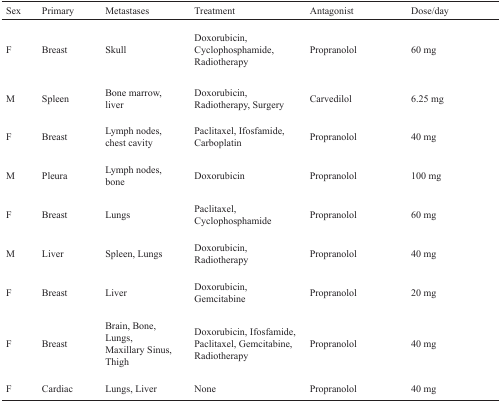
<table><thead><tr><td><b>Sex</b></td><td><b>Primary</b></td><td><b>Metastases</b></td><td><b>Treatment</b></td><td><b>Antagonist</b></td><td><b>Dose/day</b></td></tr></thead><tbody><tr><td>F</td><td>Breast</td><td>Skull</td><td>Doxorubicin, Cyclophosphamide, Radiotherapy</td><td>Propranolol</td><td>60 mg</td></tr><tr><td>M</td><td>Spleen</td><td>Bone marrow, liver</td><td>Doxorubicin, Radiotherapy, Surgery</td><td>Carvedilol</td><td>6.25 mg</td></tr><tr><td>F</td><td>Breast</td><td>Lymph nodes, chest cavity</td><td>Paclitaxel, Ifosfamide, Carboplatin</td><td>Propranolol</td><td>40 mg</td></tr><tr><td>M</td><td>Pleura</td><td>Lymph nodes, Bone</td><td>Doxorubicin</td><td>Propranolol</td><td>100 mg</td></tr><tr><td>F</td><td>Breast</td><td>Lungs</td><td>Paclitaxel, Cyclophosphamide</td><td>Propranolol</td><td>60 mg</td></tr><tr><td>M</td><td>Liver</td><td>Spleen, Lungs</td><td>Doxorubicin, Radiotherapy</td><td>Propranolol</td><td>40 mg</td></tr><tr><td>F</td><td>Breast</td><td>Liver</td><td>Doxorubicin, Gemcitabine</td><td>Propranolol</td><td>20 mg</td></tr><tr><td>F</td><td>Breast</td><td>Brain, Bone, Lungs, Maxillary Sinus, Thigh</td><td>Doxorubicin, Ifosfamide, Paclitaxel, Gemcitabine, Radiotherapy</td><td>Propranolol</td><td>40 mg</td></tr><tr><td>F</td><td>Cardiac</td><td>Lungs, Liver</td><td>None</td><td>Propranolol</td><td>40 mg</td></tr></tbody></table>